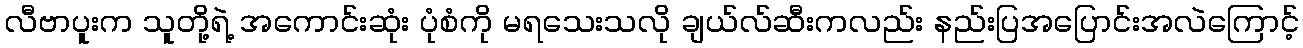
လီဗာပူးက သူတို့ရဲ့ အကောင်းဆုံး ပုံစံကို မရသေးသလို ချယ်လ်ဆီးကလည်း နည်းပြအပြောင်းအလဲကြောင့်